Studies on the mouth parts a Comparative anatomy of the proboscis in the blood-sucking muscidae - Number 60
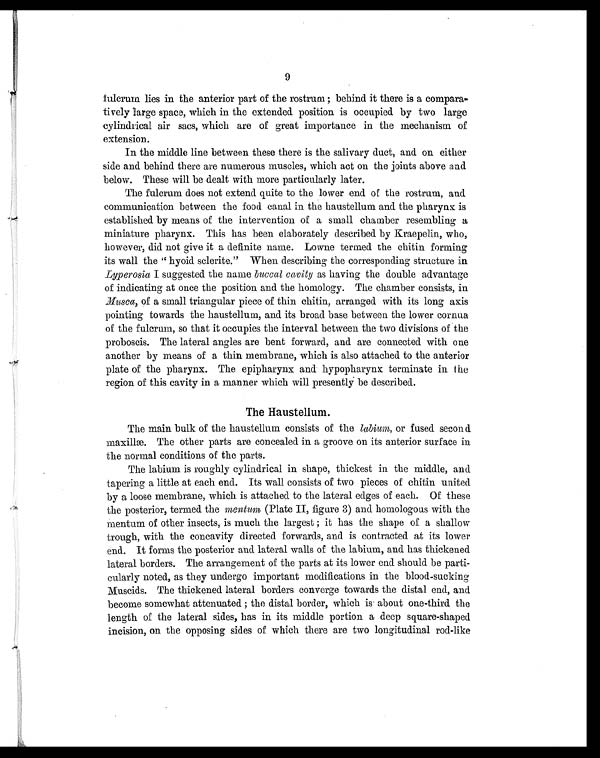
9
fulcrum lies in the anterior part of the rostrum; behind it there is a compara
-tively large space, which in the extended position is occupied by two large
cylindrical air sacs, which are of great importance in the mechanism of
extension.
In the middle line between these there is the salivary duct, and on either
side and behind there are numerous muscles, which act on the joints above and
below. These will be dealt with more particularly later.
The fulcrum does not extend quite to the lower end of the rostrum, and
communication between the food canal in the haustellum and the pharynx is
established by means of the intervention of a small chamber resembling a
miniature pharynx. This has been elaborately described by Kraepelin, who,
however, did not give it a definite name. Lowne termed the chitin forming
its wall the " hyoid sclerite." When describing the corresponding structure in
Lyperosia I suggested the name buccal cavity as having the double advantage
of indicating at once the position and the homology. The chamber consists, in
Musca, of a small triangular piece of thin chitin, arranged with its long axis
pointing towards the haustellum, and its broad base between the lower cornua
of the fulcrum, so that it occupies the interval between the two divisions of the
proboscis. The lateral angles are bent forward, and are connected with one
another by means of a thin membrane, which is also attached to the anterior
plate of the pharynx. The epipharynx and hypopharynx terminate in the
region of this cavity in a manner which will presently be described.
The Haustellum.
The main bulk of the haustellum consists of the labium, or fused second
maxillæ. The other parts are concealed in a groove on its anterior surface in
the normal conditions of the parts.
The labium is roughly cylindrical in shape, thickest in the middle, and
tapering a little at each end. Its wall consists of two pieces of chitin united
by a loose membrane, which is attached to the lateral edges of each. Of these
the posterior, termed the mentum (Plate II, figure 3) and homologous with the
mentum of other insects, is much the largest; it has the shape of a shallow
trough, with the concavity directed forwards, and is contracted at its lower
end. It forms the posterior and lateral walls of the labium, and has thickened
lateral borders. The arrangement of the parts at its lower end should be parti-
cularly noted, as they undergo important modifications in the blood-sucking
Muscids. The thickened lateral borders converge towards the distal end, and
become somewhat attenuated; the distal border, which is about one-third the
length of the lateral sides, has in its middle portion a deep square-shaped
incision, on the opposing sides of which there are two longitudinal rod-like